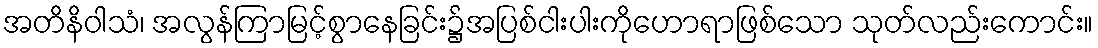
အတိနိဝါသံ၊ အလွန်ကြာမြင့်စွာနေခြင်း၌အပြစ်ငါးပါးကိုဟောရာဖြစ်သော သုတ်လည်းကောင်း။